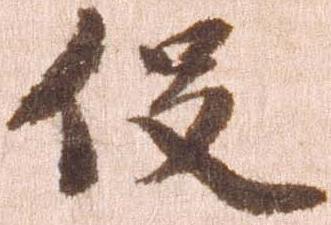
役